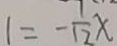
1 = - \frac { 1 } { 1 2 } x